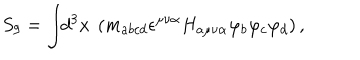
LaTeX: S _ { 9 } = \int \! \! d ^ { 3 } x ~ \left( m _ { a b c d } \epsilon ^ { \mu \nu \alpha } H _ { a \mu \nu \alpha } \varphi _ { b } \varphi _ { c } \varphi _ { d } \right) ,